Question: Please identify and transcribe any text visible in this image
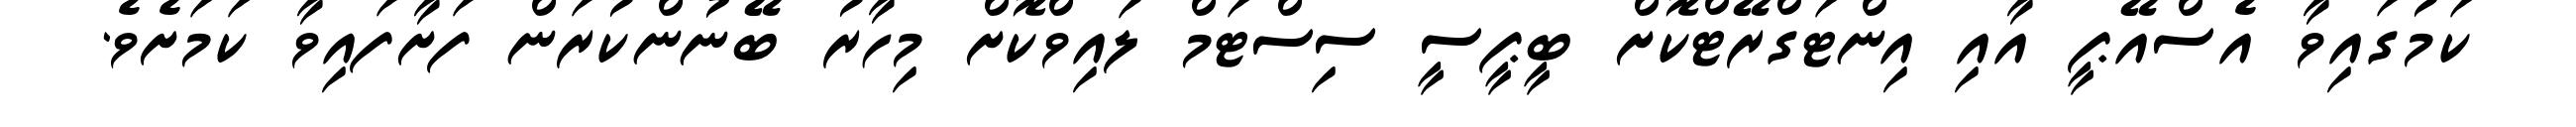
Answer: ކަމުގައިވާ އެސްއޭޕީ އާއި އިންޓަގްރޭޓްކޮށް ބީޕީސީ ސިސްޓަމް ލައިވްކޮށް މިހާރު ބޭނުންކުރަން ފަށާފައިވާ ކަމަށެވެ.